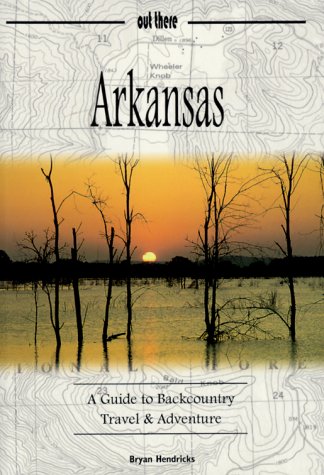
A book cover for Arkansas: A Guide to Backcountry Travel & Adventure (Guides to Backcountry Travel & Adventure,); Bryan Hendricks; Travel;